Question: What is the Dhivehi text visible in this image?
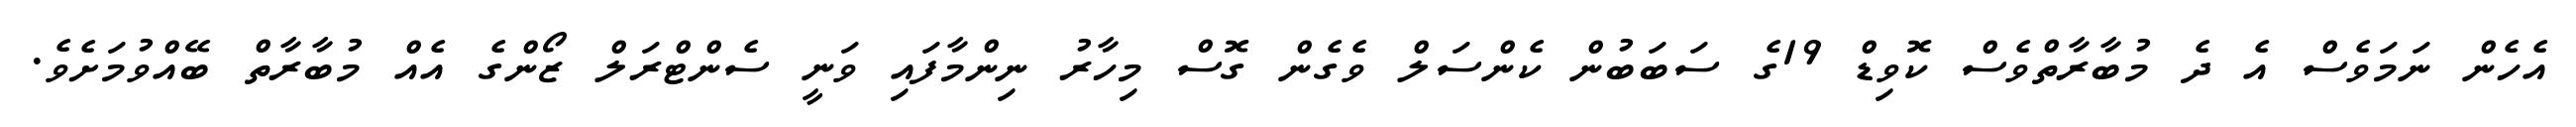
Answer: އެހެން ނަމަވެސް އެ ދެ މުބާރާތްވެސް ކޮވިޑް 19ގެ ސަބަބުން ކެންސަލް ވެގެން ގޮސް މިހާރު ނިންމާފައި ވަނީ ސެންޓްރަލް ޒޯންގެ އެއް މުބާރާތް ބޭއްވުމަށެވެ.